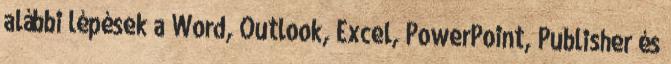
alábbi lépések a Word, Outlook, Excel, PowerPoint, Publisher és